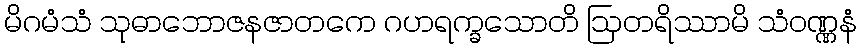
မိဂမံသံ သုဓာဘောဇနဇာတကေ ဂဟရက္ခသောတိ ဩတရိဿာမိ သံဝဏ္ဏနံ